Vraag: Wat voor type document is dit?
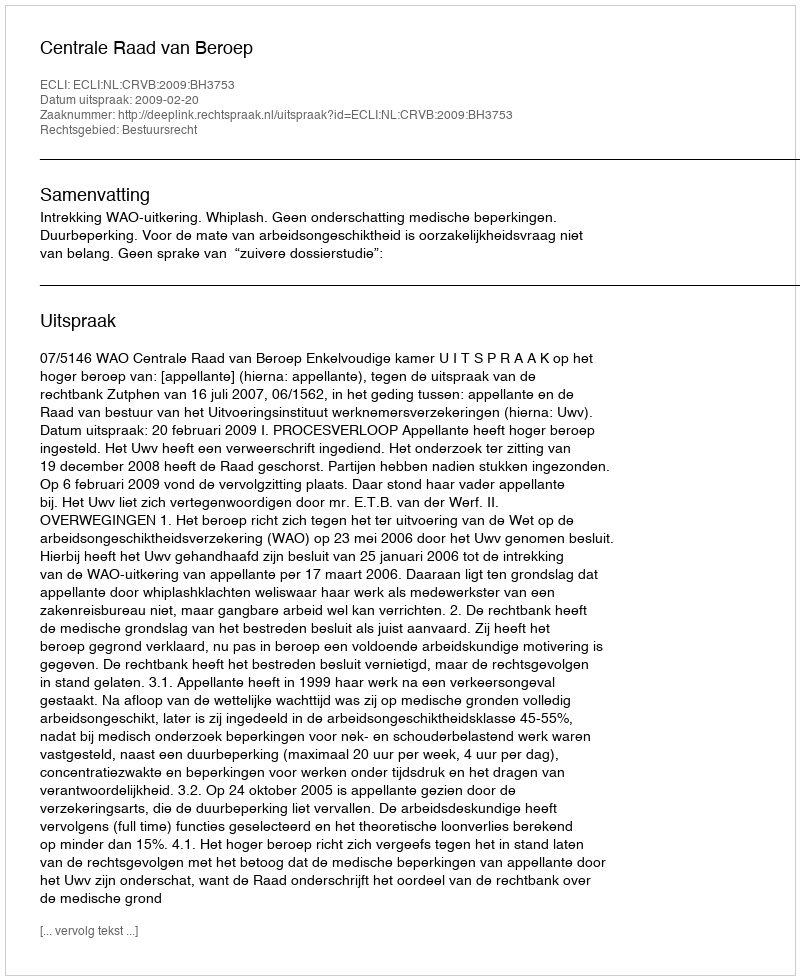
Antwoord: Uitspraak